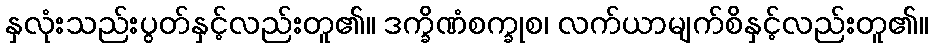
နှလုံးသည်းပွတ်နှင့်လည်းတူ၏။ ဒက္ခိဏံစက္ခုစ၊ လက်ယာမျက်စိနှင့်လည်းတူ၏။